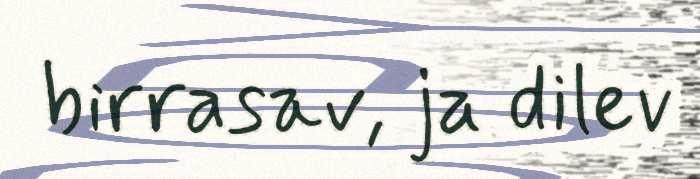
birrasav, ja dilev